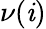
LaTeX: \nu(\mathit{i})